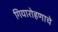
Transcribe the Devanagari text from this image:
गियारोहणाचे